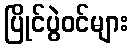
ပြိုင်ပွဲဝင်များ